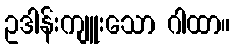
ဥဒါန်းကျူးသော ဂါထာ။